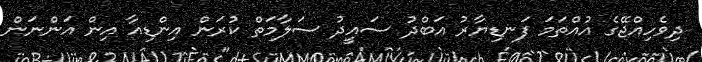
ދިވެހިއްޖޭގެ އުއްތަމަ ފަނޑިޔާރު އަބްދު ސައީދު ސަލާމަތް ކުރަން އިންޑިއާ އިން އަންނަން